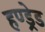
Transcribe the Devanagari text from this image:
हण्ड्रेड